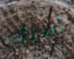
أسبق